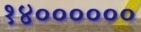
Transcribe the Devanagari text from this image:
१४००००००